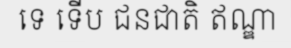
ទេ ទើប ជនជាតិ ឥណ្ឌា